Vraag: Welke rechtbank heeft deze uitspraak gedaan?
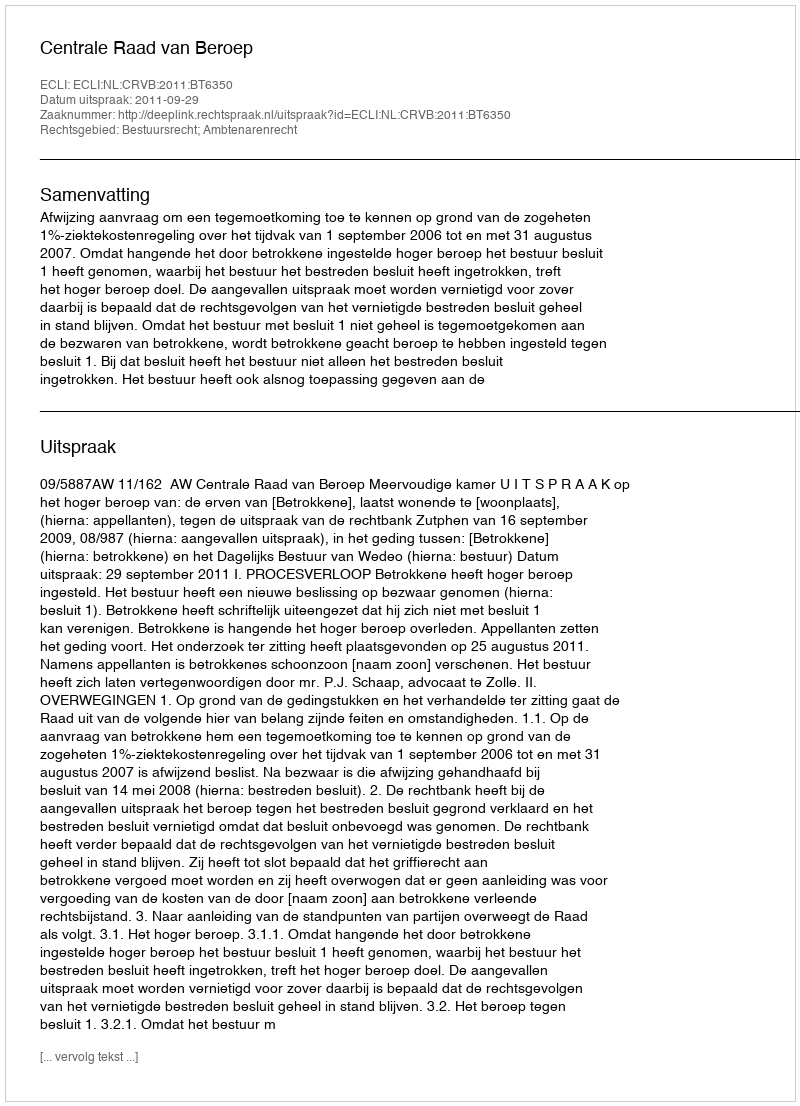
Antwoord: Centrale Raad van Beroep